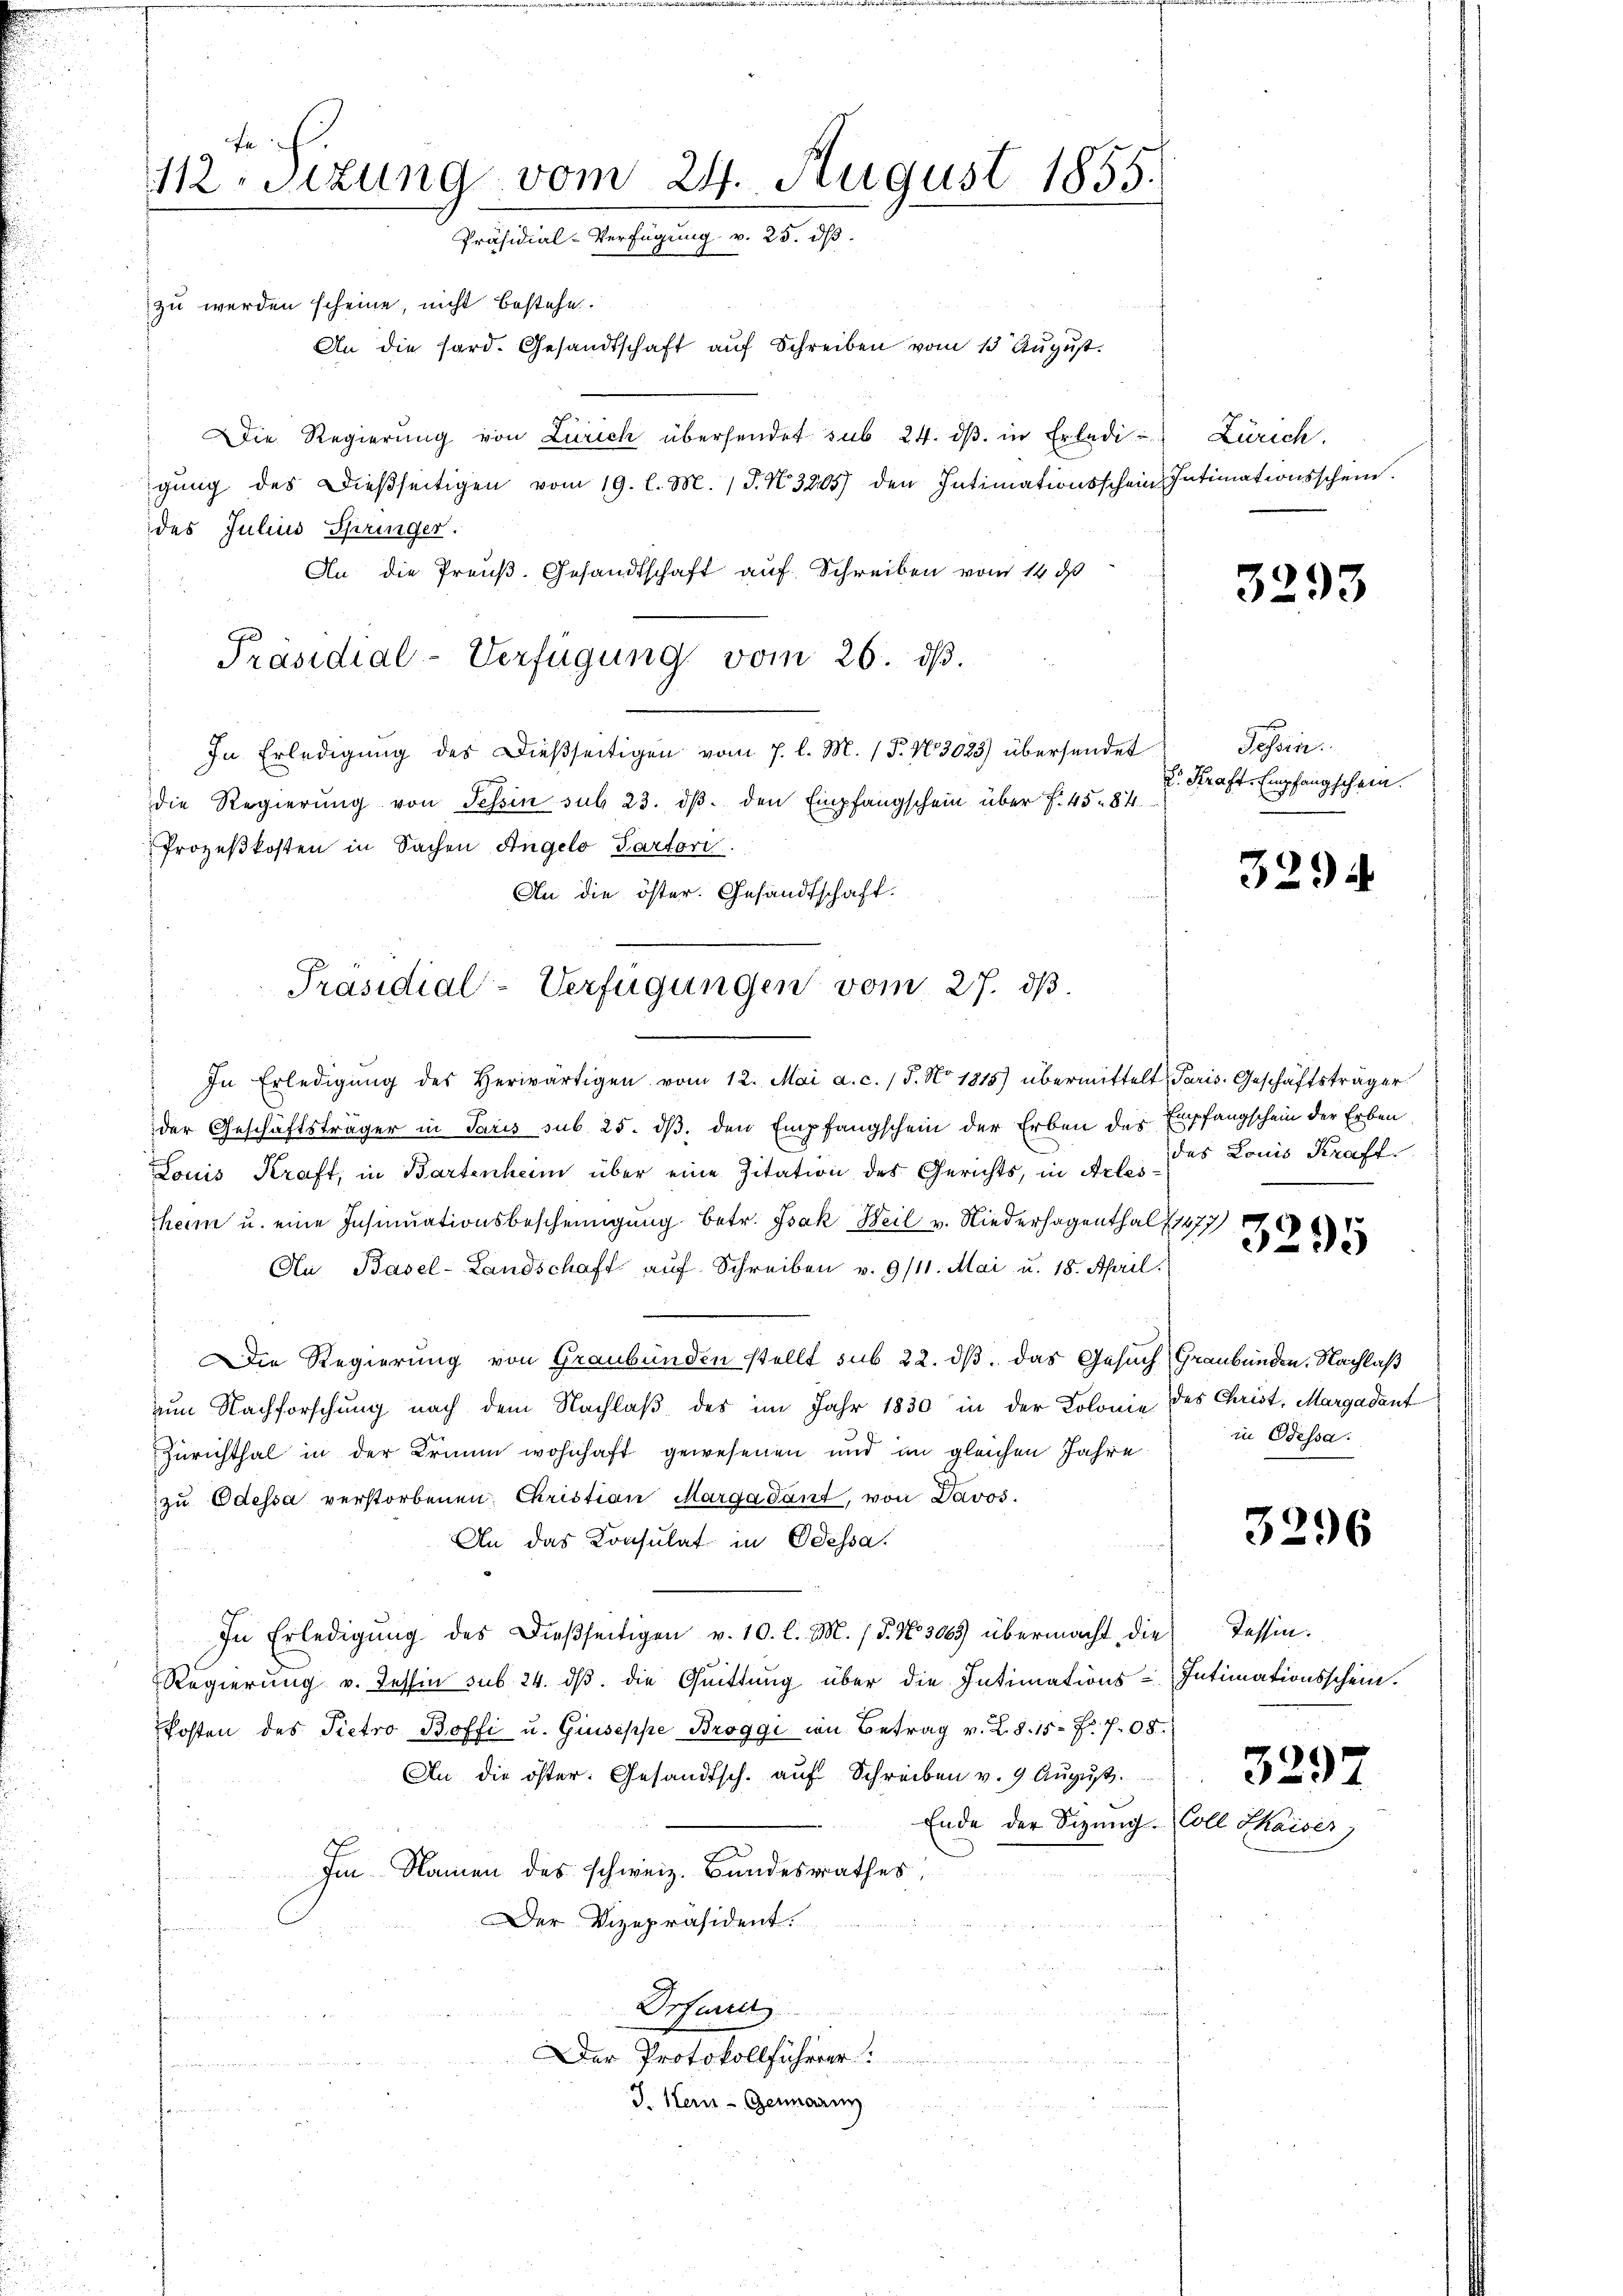
112. Sitzung vom 24. August 1855.
Präsidial-Verfügung v. 25. dß.
zu werden scheine, nicht bestehe.
An die sard. Gesandtschaft auf Schreiben vom 13 August.

Präsidial-Verfügungen vom 27. ds.

In Erledigŭng des herwärtigen vom 12. Mai a. c. / 5. No 1815) übermittelt Paris. Geschäftsträger
der Geschäftsträger in Paris sub. 25. dβ, den Empfangschein der Erben des Empfangschein der Erben
Louis Kraft, in Bartenheim über eine Zitation des Gerichts, in Art. des Louis Kraft
heim u. eine Insinuationsbescheinigung betr. Isak Weil v. Niederhagenthal (1477
An Basel-Landschaft auf Schreiben v. 9/11. Mai u. 18. April.
Die Regierung von Graubünden stellt sub 22. dβ. Das Gesuch Graubünden. Nachlaß
uum Nachforschung nach dem Nachlaß des im Jahr 1830 in der Kolonie des Christ, Margadant
Zürichthal in der Braum wohnhaft gewesenen und im gleichen Jahre
zu Odessa verstorbenen Christian Marga Tant, von Davos.
An das Konsulat in Odessa.
i
¬
In Erledigŭng des Dieβseitigen v. 10. l. M. 18. No 3065 übermacht die Tessin.
Regierung v. Tessin sub. 24. ds. die Quittung über die Intimations-Intimationsschein.
kosten des Pietro Boffi u. Giuseppe Broggi in Betrag v. 2. §. 15 f. 708.
An die öster. Gesandtsch. auf Schreiben v. 9. August.
Ende der Sizung. Coll Shaises,
Im Namen des schweiz. Bundesrathes,
Der Vizepräsident.
Drfurie
Der Protokollführer ..............
J. Herr Genann
f

Die Regierung von Zürich übersendet sub 24. dβ in Erledigŭng des Dießseitigen vom 19. l. M. (T. N. 3205) den Intimationsschein Intimationsschein.
des Julius Springer.
An die Preuß. Gesandtschaft auf Schreiben vom 14. ds
Präsidial-Verfügung vom 26. dβ.
In Erledigung des Dießseitigen vom 7. l. M. 1. No 3023) übersendet
die Regierung von Tessin sub 23. dβ. den Empfangschein über f. 45. 84.
Prozeßkosten in Sachen Angelo Partori.
An die öster. Gesandtschaft.

Zürich.

Tessin.
2. Kraft Empfangschein.

3293

329

3295

in Odessa.

3296

329